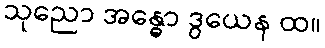
သုညော အန္ဓော ဒွယေန ထ။